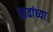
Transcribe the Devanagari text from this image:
तावांच्या